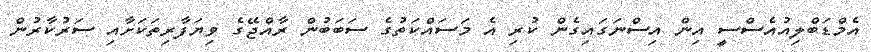
އެމްޑަބްލިއުއެސްސީ އިން އިސްނަގައިގެން ކުރި އެ މަސައްކަތުގެ ސަބަބުން ރާއްޖޭގެ ވިޔަފާރިތަކަށާއި ސަރުކާރުން